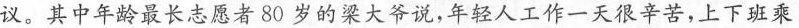
议。其中年龄最长志愿者80岁的梁大爷说，年轻人工作一天很辛苦，上下班乘